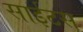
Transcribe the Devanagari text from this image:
साईटस